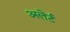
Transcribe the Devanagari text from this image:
अलेर्ट